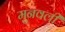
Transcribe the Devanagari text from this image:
मुनवली